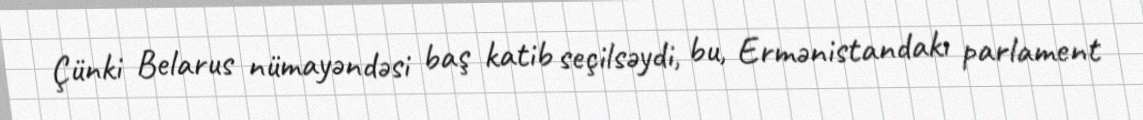
Çünki Belarus nümayəndəsi baş katib seçilsəydi, bu, Ermənistandakı parlament